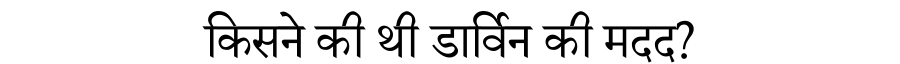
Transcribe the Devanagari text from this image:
किसने की थी डार्विन की मदद?